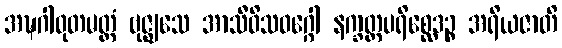
အဍ္ဎဂါဝုတမတ္တံ ဗုဇ္ဈသေ အာသီဝိသဝဂ္ဂေါ နက္ခတ္တပရိစ္ဆေဒဉ္စ အရိယဇာတိ